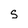
Character: S